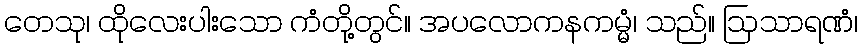
တေသု၊ ထိုလေးပါးသော ကံတို့တွင်။ အပလောကနကမ္မံ၊ သည်။ ဩသာရဏံ၊